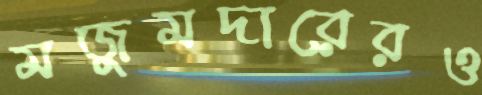
মজুমদারেরও